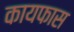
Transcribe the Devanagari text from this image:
कायफास